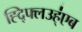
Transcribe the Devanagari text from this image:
ह्द्फ्लिउह्॑एब